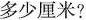
多少厘米？